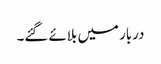
دربار میں بلائے گئے۔